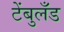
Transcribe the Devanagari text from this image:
टेंबुलँड